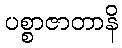
ပစ္စာဇာတာနိ